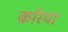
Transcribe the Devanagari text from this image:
क़रिया